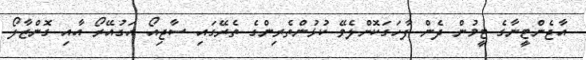
އާޖެންޓީނާގެ ޓީމުން ދެން ފާހަގަކޮށްލެވޭ ކުޅުންތެރިންގެ ތެރޭގައި ސާޖިއޯ އަގުއޭރޯ އާއި ގޮންޒާލޯ